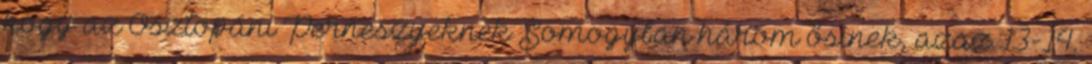
hogy az Osztopáni Perneszyeknek Somogyban három ősinek, azaz 13-14.